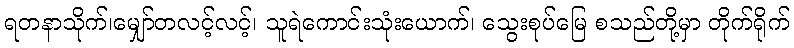
ရတနာသိုက်၊မျှော်တလင့်လင့်၊ သူရဲကောင်းသုံးယောက်၊ သွေးစုပ်မြေ စသည်တို့မှာ တိုက်ရိုက်